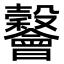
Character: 𣫪